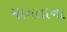
માનતાના